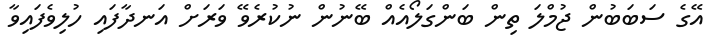
އޭގެ ސަބަބުން ޖުމްލަ ތިން ބަންގަލޯއެއް ބޭނުން ނުކުރެވޭ ވަރަށް އަނދާފައި ހުލިވެފައިވާ